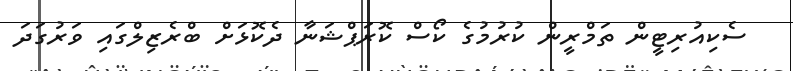
ސެކިއުރިޓީން ތަމްރީން ކުރުމުގެ ކޯސް ކޮރަޕްޝަނާ ދެކޮޅަށް ބްރެޒިލްގައި ވަރުގަދަ